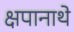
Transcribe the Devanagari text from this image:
क्षपानाथे